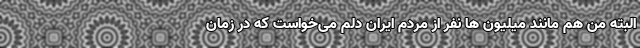
البته من هم مانند میلیون ها نفر از مردم ایران دلم می‌خواست که در زمان